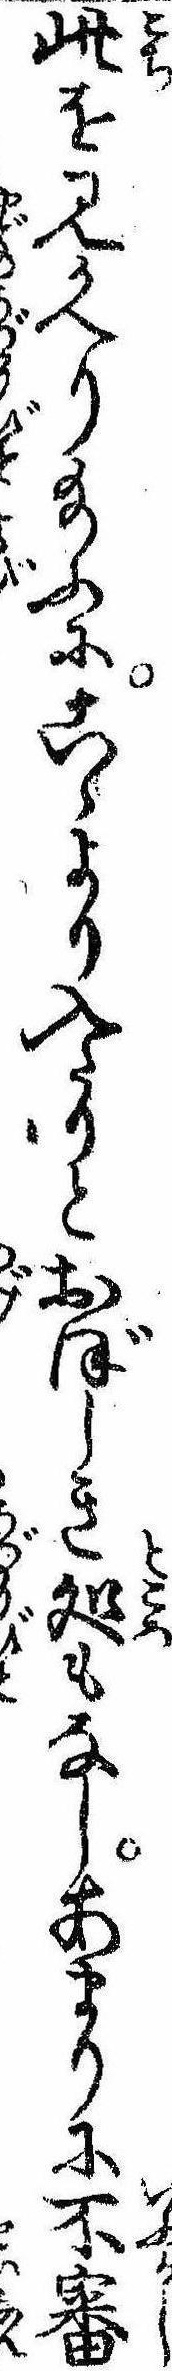
此を見かへり給ふにこゝより入たりとおぼしき処もなしあまりに不審